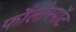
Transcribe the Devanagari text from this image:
फॉलोस्पॉट